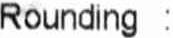
ROUNDING :